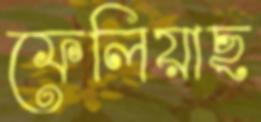
ফেলিয়াছ